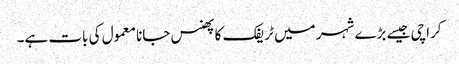
کراچی جیسے بڑے شہر میں ٹریفک کا پھنس جانا معمول کی بات ہے۔